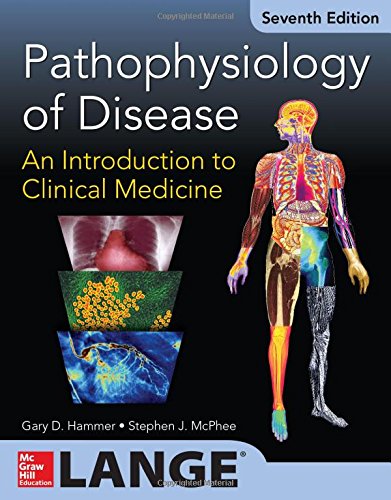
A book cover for Pathophysiology of Disease: An Introduction to Clinical Medicine 7/E; Gary D. Hammer; Medical Books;